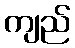
ကျည်